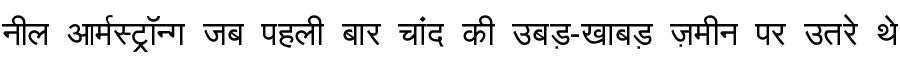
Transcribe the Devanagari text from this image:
नील आर्मस्ट्रॉन्ग जब पहली बार चांद की उबड़-खाबड़ ज़मीन पर उतरे थे